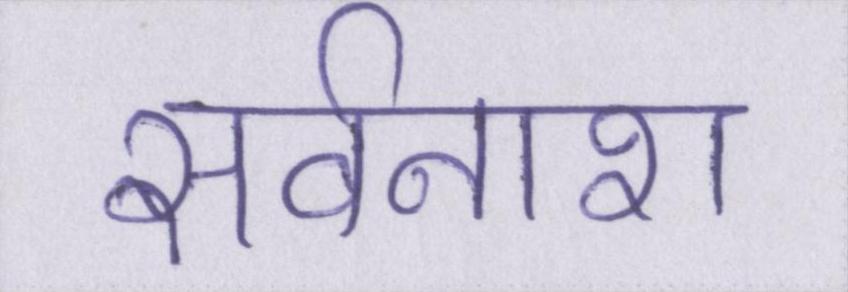
सर्वनाश